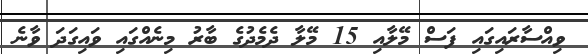
ވިއްސާރައިގައި ފަސް މޭލާއި 15 މޭލާ ދެމެދުގެ ބާރު މިނެއްގައި ވައިގަދަ ވާނެ